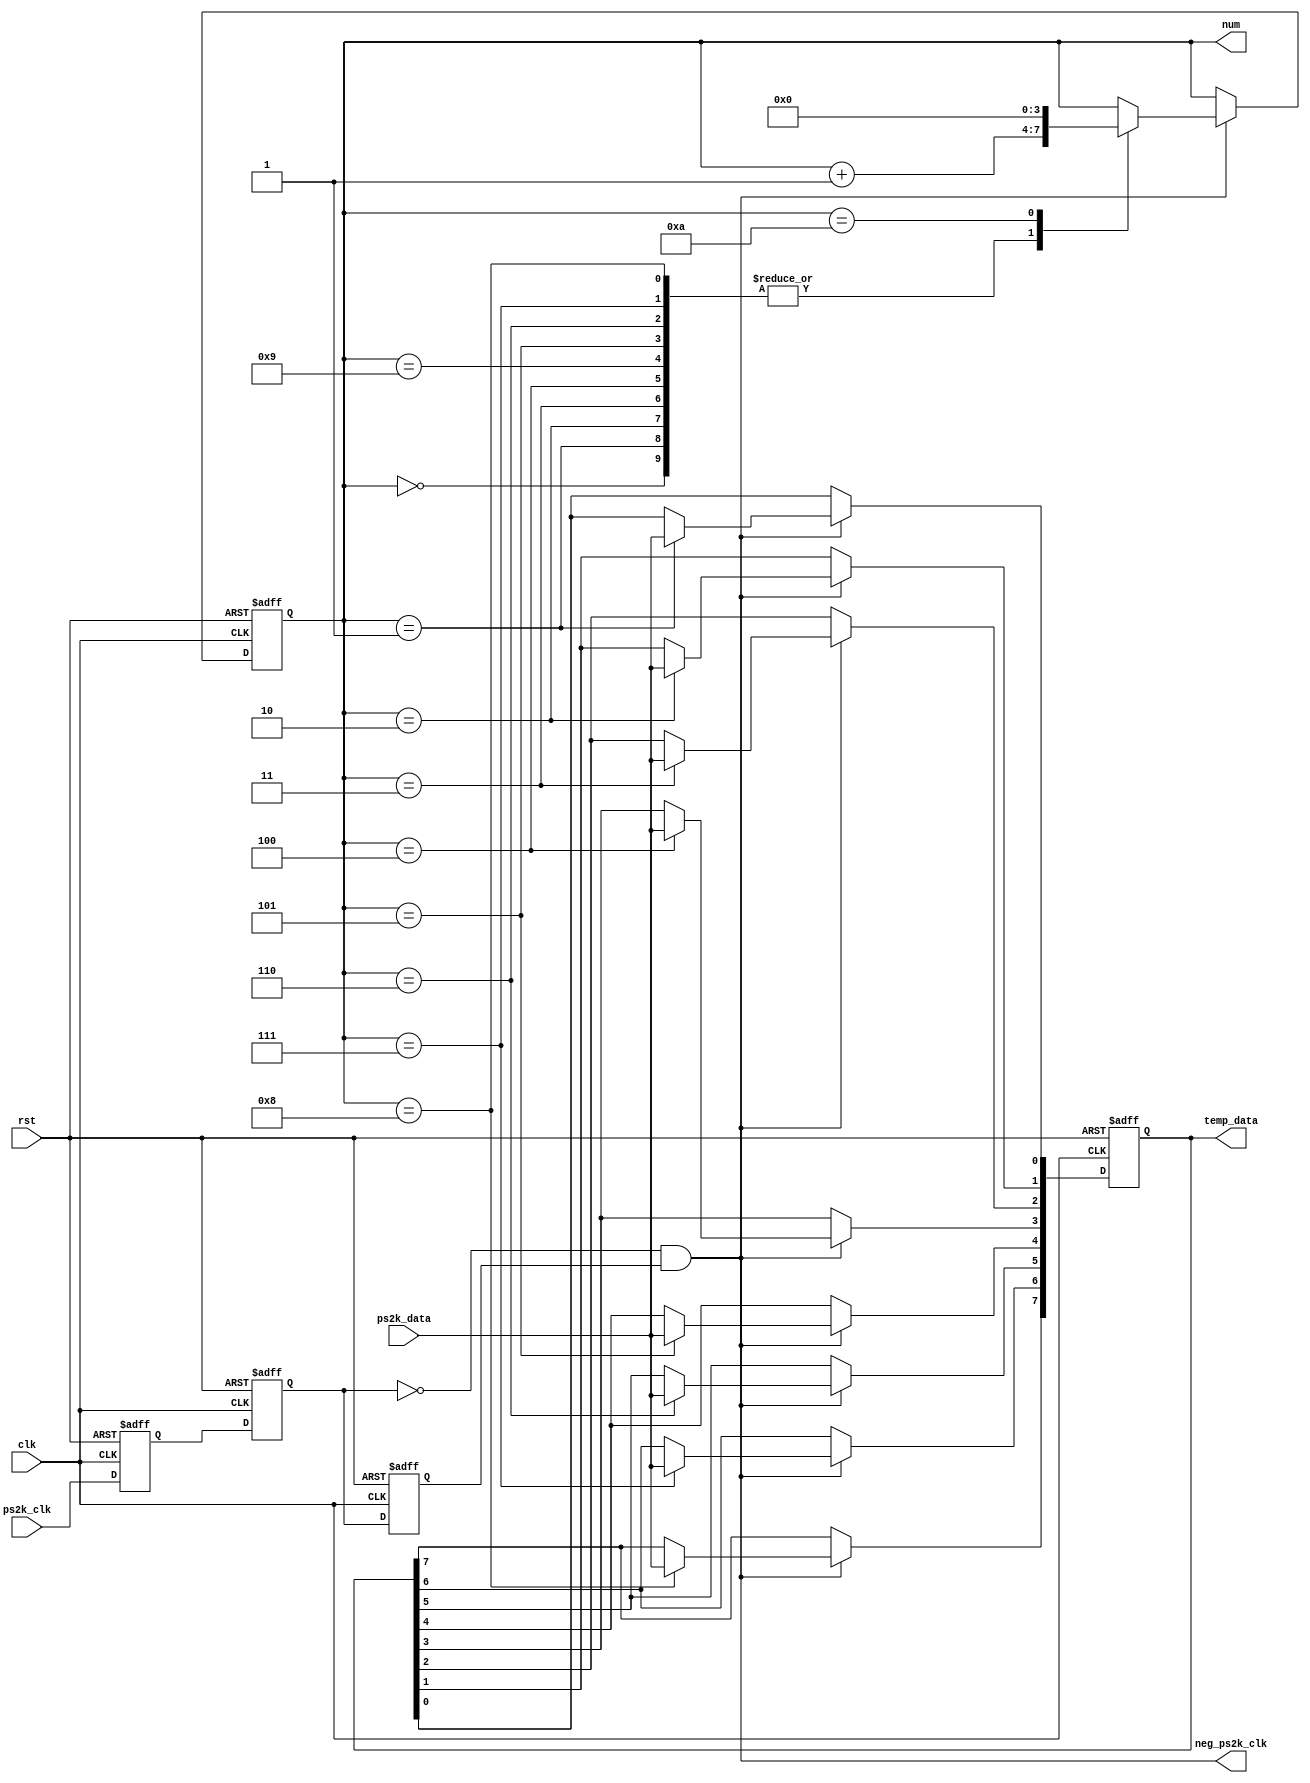
`timescale 1ns / 1ps
module ps2scan(
input clk, //50M
input rst,  //
input ps2k_clk,   //PS2
input ps2k_data,  //PS2
output reg[7:0] temp_data,  //
output reg[3:0] num, //
output neg_ps2k_clk   // ps2k_clk
);
//------------------------------------------
reg ps2k_clk_r0,ps2k_clk_r1,ps2k_clk_r2;  //ps2k_clk
//wire pos_ps2k_clk;     // ps2k_clk
always @ (posedge clk or negedge rst) begin
    if(!rst) begin
           ps2k_clk_r0 <= 1'b0;
           ps2k_clk_r1 <= 1'b0;
           ps2k_clk_r2 <= 1'b0;
       end
    else begin                         //
           ps2k_clk_r0 <= ps2k_clk;
           ps2k_clk_r1 <= ps2k_clk_r0;
           ps2k_clk_r2 <= ps2k_clk_r1;
       end
end
assign neg_ps2k_clk = ~ps2k_clk_r1 & ps2k_clk_r2;    //
//------------------------------------------


always @ (posedge clk or negedge rst) begin
    if(!rst) begin
           num <= 4'd0;
           temp_data <= 8'd0;
       end
    else if(neg_ps2k_clk) begin //ps2k_clk
           case (num)
              4'd0:  num <= num+1'b1;
              4'd1:  begin
                         num <= num+1'b1;
                         temp_data[0] <= ps2k_data;  //bit0
                     end
              4'd2:  begin
                         num <= num+1'b1;
                         temp_data[1] <= ps2k_data;  //bit1
                     end
              4'd3:  begin
                         num <= num+1'b1;
                         temp_data[2] <= ps2k_data;  //bit2
                     end
              4'd4:  begin
                         num <= num+1'b1;
                         temp_data[3] <= ps2k_data;  //bit3
                     end
              4'd5:  begin
                         num <= num+1'b1;
                         temp_data[4] <= ps2k_data;  //bit4
                     end
              4'd6:  begin
                         num <= num+1'b1;
                         temp_data[5] <= ps2k_data;  //bit5
                     end
              4'd7:  begin
                         num <= num+1'b1;
                         temp_data[6] <= ps2k_data;  //bit6
                     end
              4'd8:  begin
                         num <= num+1'b1;
                         temp_data[7] <= ps2k_data;  //bit7
                     end
              4'd9:  begin
                         num <= num+1'b1;  //
                     end
              4'd10: begin
                         num <= 4'd0;  // num
                     end
              default: ;
              endcase
       end
end
endmodule